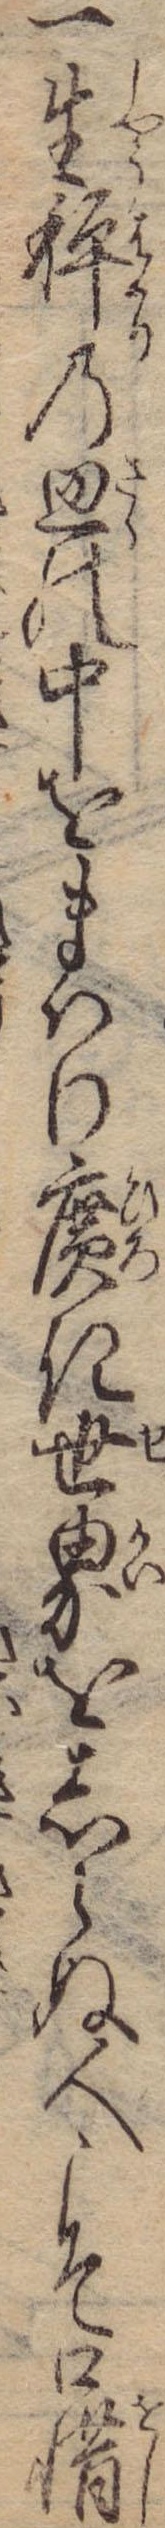
一生秤の皿の中をまはり広き世界をしらぬ人こそ口惜